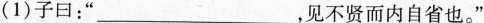
(1)子曰：”___，见不贤而内自省也。“